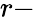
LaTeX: r-